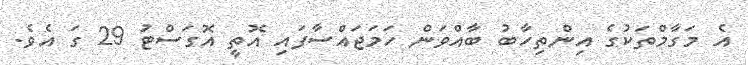
އެ މަގާމްތަކުގެ އިންތިހާބު ބާއްވަން ހަމަޖައްސާފައި އޮތީ އޮގަސްޓު 29 ގަ އެވެ.